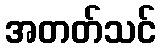
အတတ်သင်